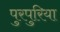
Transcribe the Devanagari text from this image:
पुरपुरिया